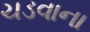
ચડવાના